Indian journal of veterinary science and animal husbandry - Volumes 15-17, 1948-1951
Year: 1948
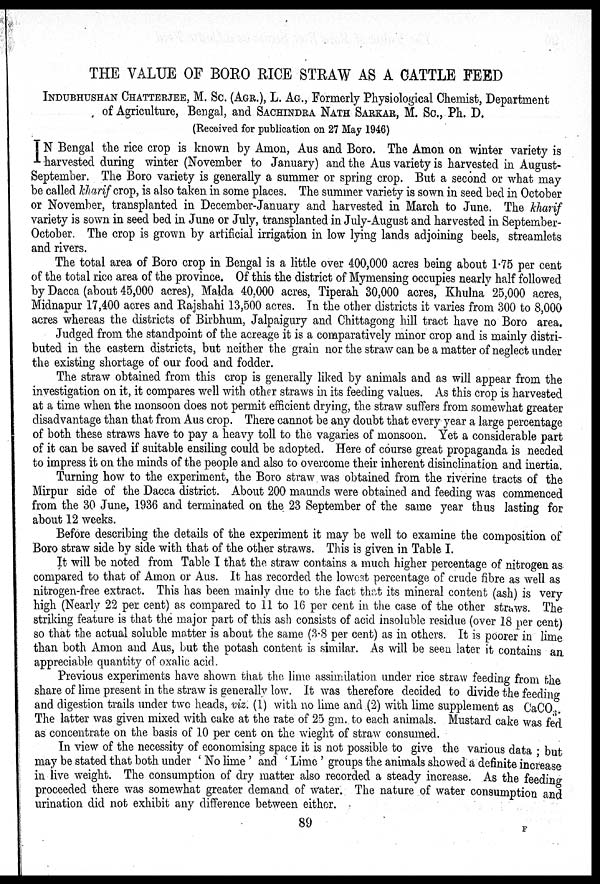
THE VALUE OF BORO RICE STRAW AS A CATTLE FEED
INDUBHUSHAN CHATTERJEE, M. Sc. (AGR.), L. AG., Formerly Physiological Chemist, Department
of Agriculture, Bengal, and SACHINDRA NATH SARKAR, M. Sc. Ph. D.
(Received for publication on 27 May 1946)
IN Bengal the rice crop is known by Amon, Aus and Boro. The Amon on winter variety is
harvested during winter (November to January) and the Aus variety is harvested in August-
September. The Boro variety is generally a summer or spring crop. But a second or what may
be called kharif crop, is also taken in some places. The summer variety is sown in seed bed in October
or November, transplanted in December-January and harvested in March to June. The kharif
variety is sown in seed bed in June or July, transplanted in July-August and harvested in September-
October. The crop is grown by artificial irrigation in low lying lands adjoining beels, streamlets
and rivers.
The total area of Boro crop in Bengal is a little over 400,000 acres being about 1.75 per cent
of the total rice area of the province. Of this the district of Mymensing occupies nearly half followed
by Dacca (about 45,000 acres), Malda 40,000 acres, Tiperah 30,000 acres, Khulna 25,000 acres,
Midnapur 17,400 acres and Rajshahi 13,500 acres. In the other districts it varies from 300 to 8,000
acres whereas the districts of Birbhum, Jalpaigury and Chittagong hill tract have no Boro area.
Judged from the standpoint of the acreage it is a comparatively minor crop and is mainly distri-
buted in the eastern districts, but neither the grain nor the straw can be a matter of neglect under
the existing shortage of our food and fodder.
The straw obtained from this crop is generally liked by animals and as will appear from the
investigation on it, it compares well with other straws in its feeding values. As this crop is harvested
at a time when the monsoon does not permit efficient drying, the straw suffers from somewhat greater
disadvantage than that from Aus crop. There cannot be any doubt that every year a large percentage
of both these straws have to pay a heavy toll to the vagaries of monsoon. Yet a considerable part
of it can be saved if suitable ensiling could be adopted. Here of course great propaganda is needed
to impress it on the minds of the people and also to overcome their inherent disinclination and inertia.
Turning how to the experiment, the Boro straw was obtained from the riverine tracts of the
Mirpur side of the Dacca district. About 200 maunds were obtained and feeding was commenced
from the 30 June, 1936 and terminated on the 23 September of the same year thus lasting for
about 12 weeks.
Before describing the details of the experiment it may be well to examine the composition of
Boro straw side by side with that of the other straws. This is given in Table I.
It will be noted from Table I that the straw contains a much higher percentage of nitrogen as
compared to that of Amon or Aus. It has recorded the lowest percentage of crude fibre as well as
nitrogen-free extract. This has been mainly due to the fact that its mineral content (ash) is very
high (Nearly 22 per cent) as compared to 11 to 16 per cent in the case of the other straws. The
striking feature is that the major part of this ash consists of acid insoluble residue (over 18 per cent)
so that the actual soluble matter is about the same (3.8 per cent) as in others. It is poorer in lime
than both Amon and Aus, but the potash content is similar. As will be seen later it contains an.
appreciable quantity of oxalic acid.
Previous experiments have shown that the lime assimilation under rice straw feeding from the
share of lime present in the straw is generally low. It was therefore decided to divide the feeding
and digestion trails under two heads, viz. (1) with no lime and (2) with lime supplement as CaCO 3 .
The latter was given mixed with cake at the rate of 25 gm. to each animals. Mustard cake was fed
as concentrate on the basis of 10 per cent on the wieght of straw consumed.
In view of the necessity of economising space it is not possible to give the various data; but
may be stated that both under 'No lime' and 'Lime' groups the animals showed a definite increase
in live weight. The consumption of dry matter also recorded a steady increase. As the feeding
proceeded there was somewhat greater demand of water. The nature of water consumption and
urination did not exhibit any difference between either.
89 F